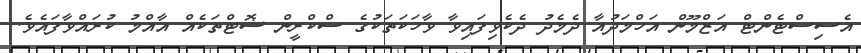
އެސިސްޓެންޓް އަޒްމޫން އަހްމަދުއާ ދެމެދު ދެކެވިފައިވާ ވާހަކަތަކުގެ ސްކްރީން ޝޮޓްތަކެއް އާއްމު ކުރައްވާފައެވެ.